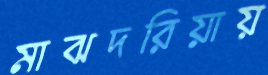
মাঝদরিয়ায়